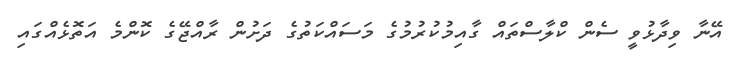
އޭނާ ވިދާޅުވީ ސެން ކްލާސްތައް ގާއިމުކުރުމުގެ މަސައްކަތުގެ ދަށުން ރާއްޖޭގެ ކޮންމެ އަތޮޅެއްގައި